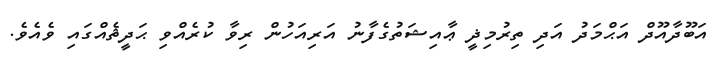
އަބޫދާއޫދް އަޙްމަދު އަދި ތިރުމިޛީ ޢާއިޝަތުގެފާނު އަރިއަހުން ރިވާ ކުރެއްވި ޙަދީޘެއްގައި ވެއެވެ.